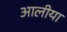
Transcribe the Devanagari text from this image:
आलीया